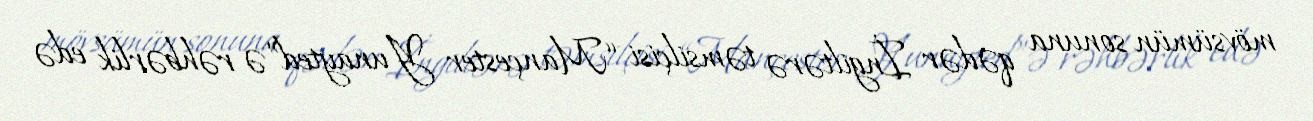
mövsümün sonuna qədər İngiltərə təmsilçisi “Mançester Yunayted”ə rəhbərlik edə